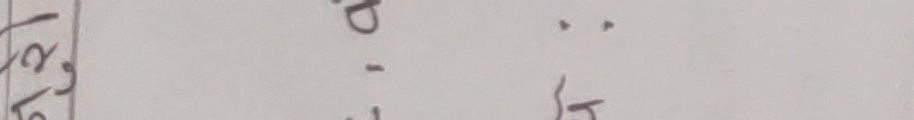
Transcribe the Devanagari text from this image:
ड ः
१ ५